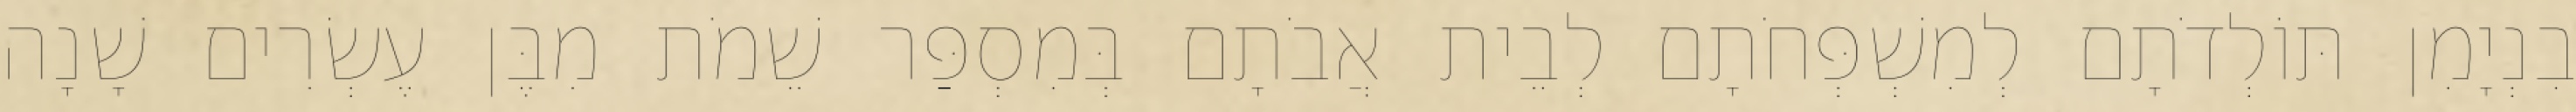
בִנְיָמִן תּוֹלְדֹתָם לְמִשְׁפְּחֹתָם לְבֵית אֲבֹתָם בְּמִסְפַּר שֵׁמֹת מִבֶּן עֶשְׂרִים שָׁנָה